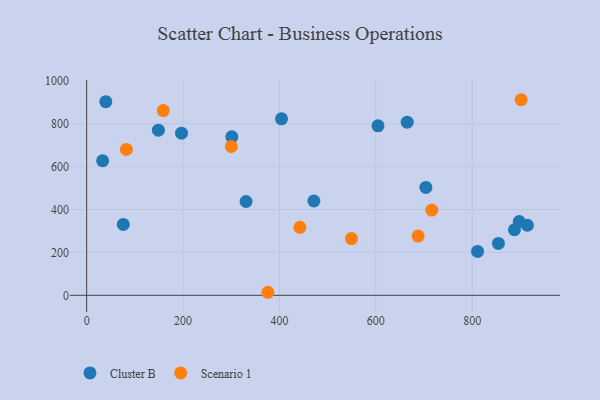
{"axis": {"x": "Speed", "y": "Rating"}, "legend": ["Cluster B", "Scenario 1"], "data": [{"x": "914.5", "y": 326.8, "type": "Cluster B"}, {"x": "665.1", "y": 807.2, "type": "Cluster B"}, {"x": "703.9", "y": 502.9, "type": "Cluster B"}, {"x": "148.8", "y": 770.1, "type": "Cluster B"}, {"x": "404.3", "y": 823.0, "type": "Cluster B"}, {"x": "301.2", "y": 739.0, "type": "Cluster B"}, {"x": "471.5", "y": 439.7, "type": "Cluster B"}, {"x": "330.7", "y": 437.4, "type": "Cluster B"}, {"x": "33.1", "y": 627.5, "type": "Cluster B"}, {"x": "811.1", "y": 204.8, "type": "Cluster B"}, {"x": "854.4", "y": 241.9, "type": "Cluster B"}, {"x": "39.7", "y": 902.8, "type": "Cluster B"}, {"x": "76.0", "y": 330.5, "type": "Cluster B"}, {"x": "897.6", "y": 344.3, "type": "Cluster B"}, {"x": "887.7", "y": 305.7, "type": "Cluster B"}, {"x": "604.5", "y": 790.3, "type": "Cluster B"}, {"x": "196.8", "y": 756.1, "type": "Cluster B"}, {"x": "376.0", "y": 14.2, "type": "Scenario 1"}, {"x": "300.1", "y": 693.9, "type": "Scenario 1"}, {"x": "716.2", "y": 397.3, "type": "Scenario 1"}, {"x": "549.6", "y": 264.8, "type": "Scenario 1"}, {"x": "442.4", "y": 317.1, "type": "Scenario 1"}, {"x": "901.6", "y": 912.0, "type": "Scenario 1"}, {"x": "687.8", "y": 276.1, "type": "Scenario 1"}, {"x": "82.4", "y": 680.4, "type": "Scenario 1"}, {"x": "158.9", "y": 861.6, "type": "Scenario 1"}]}